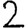
Digit: 2